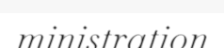
ministration